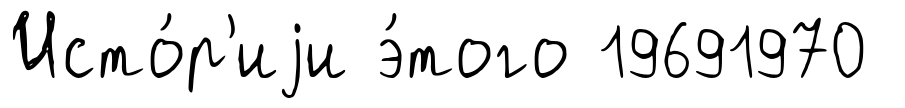
Исто́р'иjи э́того 19691970